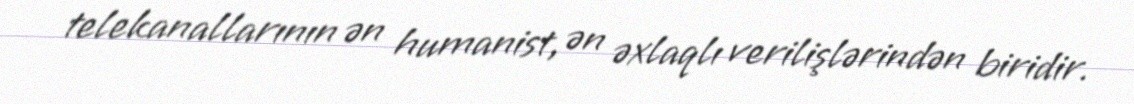
telekanallarının ən humanist, ən əxlaqlı verilişlərindən biridir.